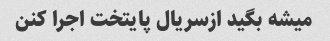
میشه بگید ازسریال پایتخت اجرا کنن